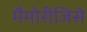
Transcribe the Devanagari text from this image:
मैमोरीजिसे